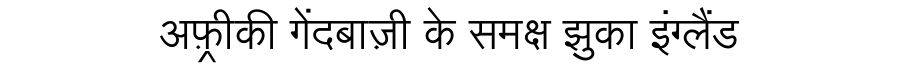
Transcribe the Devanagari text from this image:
अफ़्रीकी गेंदबाज़ी के समक्ष झुका इंग्लैंड